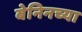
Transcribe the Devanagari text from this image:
बेनिनच्या